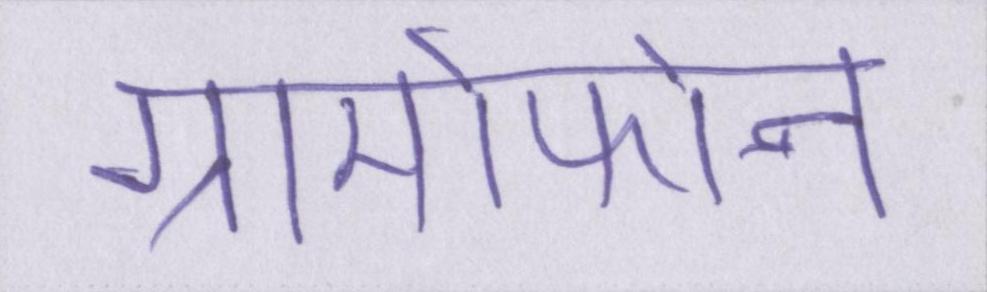
ग्रामोफोन